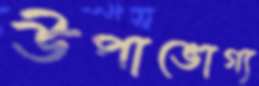
উপাভোগ্য